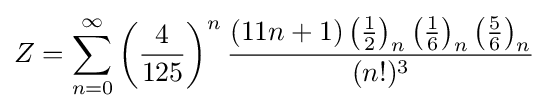
Z=\sum _{n=0}^{\infty }\left({\frac {4}{125}}\right)^{n}{\frac {(11n+1)\left({\frac {1}{2}}\right)_{n}\left({\frac {1}{6}}\right)_{n}\left({\frac {5}{6}}\right)_{n}}{(n!)^{3}}}